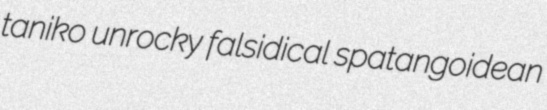
taniko unrocky falsidical spatangoidean